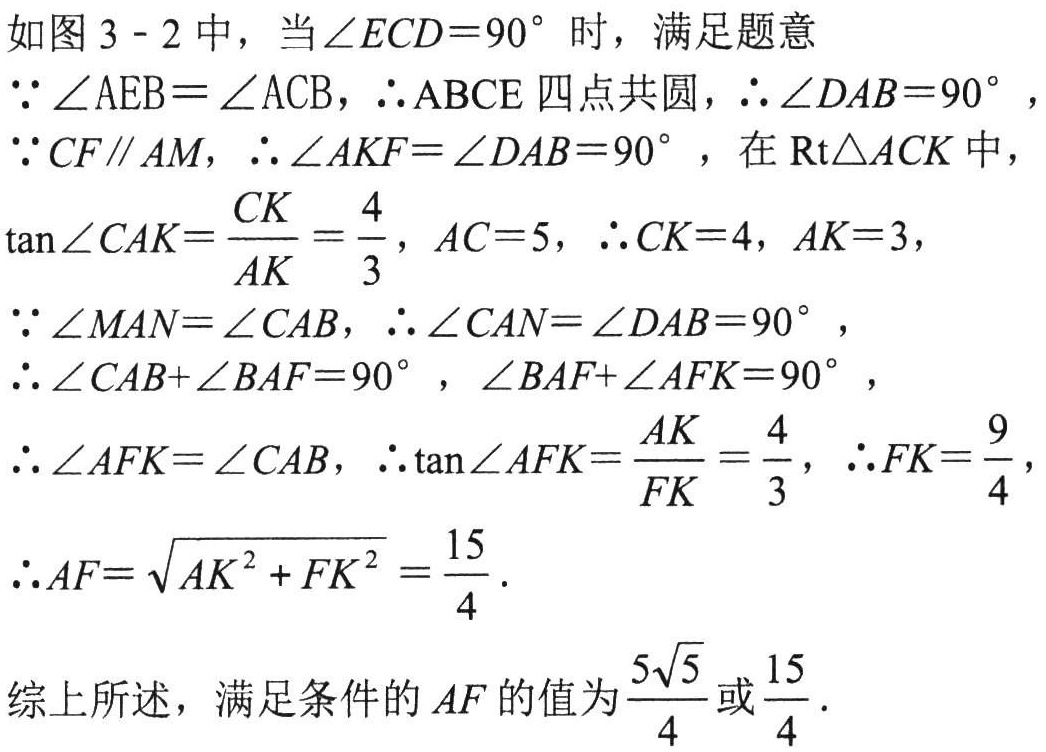
如图3 - 2中，当$\angle ECD = 90^{\circ}$时，满足题意
$\because\angle AEB=\angle ACB$，$\therefore ABCE$四点共圆，$\therefore\angle DAB = 90^{\circ}$，
$\because CF\parallel AM$，$\therefore\angle AKF=\angle DAB = 90^{\circ}$，在$\text{Rt}\triangle ACK$中，
$\tan\angle CAK=\dfrac{CK}{AK}=\dfrac{4}{3}$，$AC = 5$，$\therefore CK = 4$，$AK = 3$，
$\because\angle MAN=\angle CAB$，$\therefore\angle CAN=\angle DAB = 90^{\circ}$，
$\therefore\angle CAB+\angle BAF = 90^{\circ}$，$\angle BAF+\angle AFK = 90^{\circ}$，
$\therefore\angle AFK=\angle CAB$，$\therefore\tan\angle AFK=\dfrac{AK}{FK}=\dfrac{4}{3}$，$\therefore FK=\dfrac{9}{4}$，
$\therefore AF=\sqrt{AK^{2}+FK^{2}}=\dfrac{15}{4}$.

综上所述，满足条件的$AF$的值为$\dfrac{5\sqrt{5}}{4}$或$\dfrac{15}{4}$.